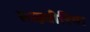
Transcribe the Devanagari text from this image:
साइवीरिया